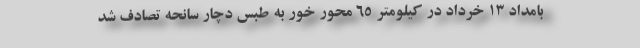
بامداد ۱۳ خرداد در کیلومتر ۶۵ محور خور به طبس دچار سانحه تصادف شد